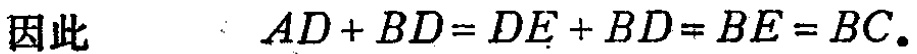
因此\(AD + BD = DE + BD = BE = BC.\)